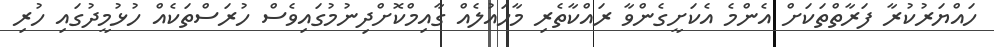
ހައްޔަރުކުރާ ފަރާތްތަކަށް އެންމެ އެކަށީގެންވާ ރައްކާތެރި މާހައުލެއް ގާއިމްކޮށްދިނުމުގައިވެސް ހުރަސްތަކެއް ހުޅުމީދުގައި ހުރި